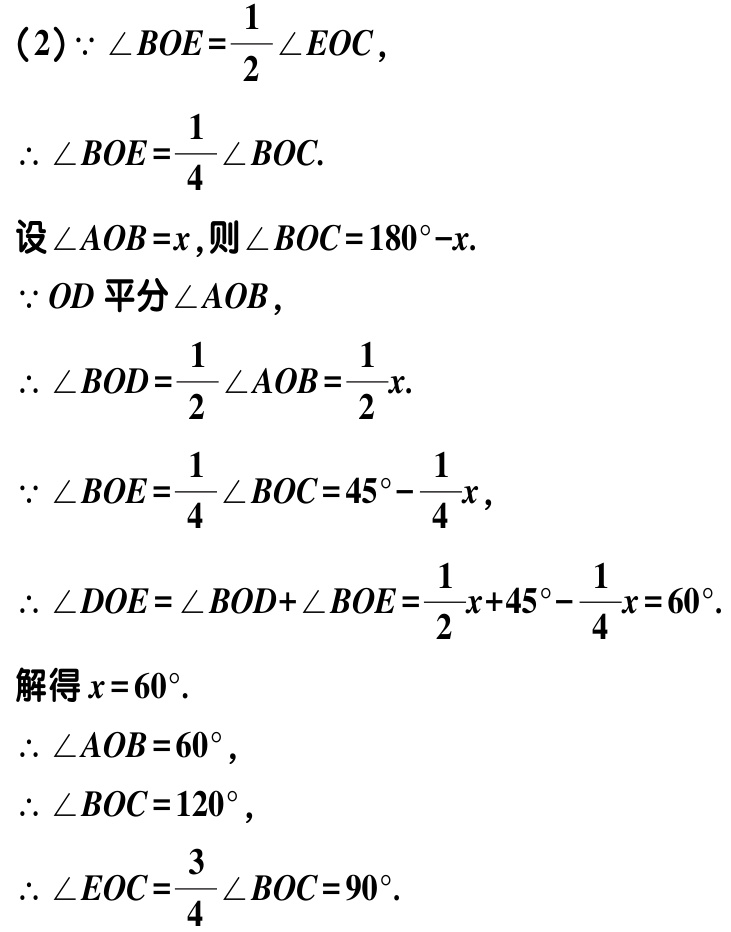
（2）$\because \angle BOE=\frac{1}{2}\angle EOC$，

$\therefore \angle BOE=\frac{1}{4}\angle BOC$.

设$\angle AOB = x$，则$\angle BOC = 180^{\circ}-x$.

$\because OD$平分$\angle AOB$，

$\therefore \angle BOD=\frac{1}{2}\angle AOB=\frac{1}{2}x$.

$\because \angle BOE=\frac{1}{4}\angle BOC = 45^{\circ}-\frac{1}{4}x$，

$\therefore \angle DOE=\angle BOD+\angle BOE=\frac{1}{2}x + 45^{\circ}-\frac{1}{4}x = 60^{\circ}$.

解得$x = 60^{\circ}$.

$\therefore \angle AOB = 60^{\circ}$，

$\therefore \angle BOC = 120^{\circ}$，

$\therefore \angle EOC=\frac{3}{4}\angle BOC = 90^{\circ}$.